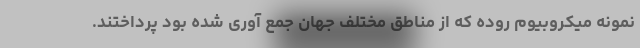
نمونه میکروبیوم روده که از مناطق مختلف جهان جمع آوری شده بود پرداختند.